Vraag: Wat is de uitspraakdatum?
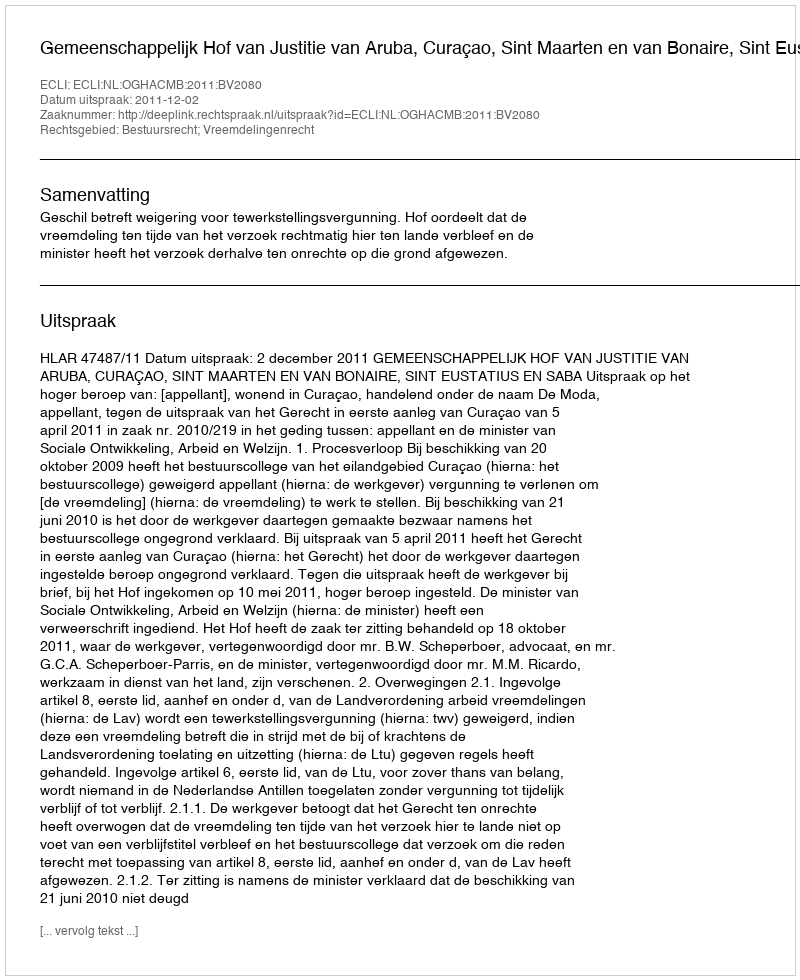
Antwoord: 2011-12-02